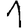
Digit: 1